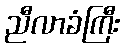
ညီလာခံကြီး